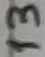
Text: 13